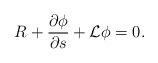
LaTeX: \begin{align*}R+\frac{\partial \phi}{\partial s} +\mathcal{L}\phi =0. \end{align*}